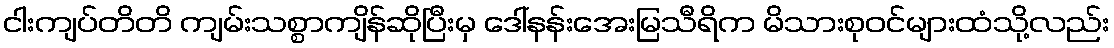
ငါးကျပ်တိတိ ကျမ်းသစ္စာကျိန်ဆိုပြီးမှ ဒေါ်နန်းအေးမြသီရိက မိသားစုဝင်များထံသို့လည်း